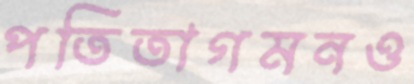
পতিতাগমনও